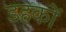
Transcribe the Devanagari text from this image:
डहकों